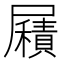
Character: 𡳮